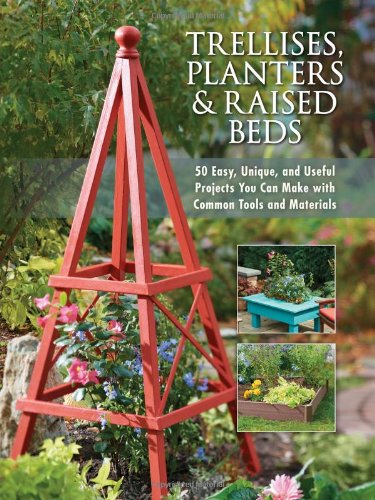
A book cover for Trellises, Planters & Raised Beds: 50 Easy, Unique, and Useful Projects You Can Make with Common Tools and Materials; Editors of Cool Springs Press; Crafts, Hobbies & Home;